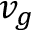
v _ { g }